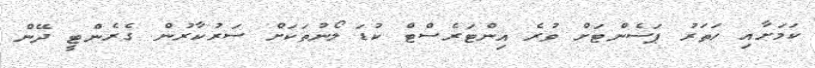
ކަމަށާއި ހަތަރު ޕަސެންޓަށް ވުރެ އިންޓަރެސްޓް ކުޑަ ލޯނުތަކަށް ސަރުކާރުން ގެރެންޓީ ދޭން